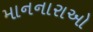
માનનારાઓ